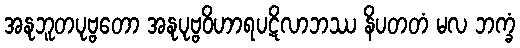
အနုဘူတပုဗ္ဗတော အနုပုဗ္ဗဝိဟာရပဋိလာဘဿ နိပတတံ မလ ဘက္ခံ